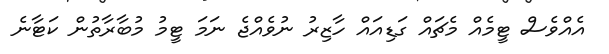
އެއްވެސް ޓީމެއް މެޗައް ގަޑިއައް ހާޒިރު ނުވެއްޖެ ނަމަ ޓީމު މުބާރާތުން ކަޓާނެ